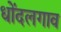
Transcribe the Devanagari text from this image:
धोंदलगाव